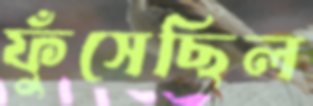
ফুঁসেছিল